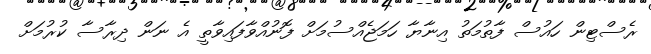
ރެސްޓިން ހައުސް ފާތުމަތު އިނާޔާ ހަމަޖެއްސުމަށް ފޮނުއްވާފައިވާތީ އެ ނަން ދިރާސާ ކުރުމަށް